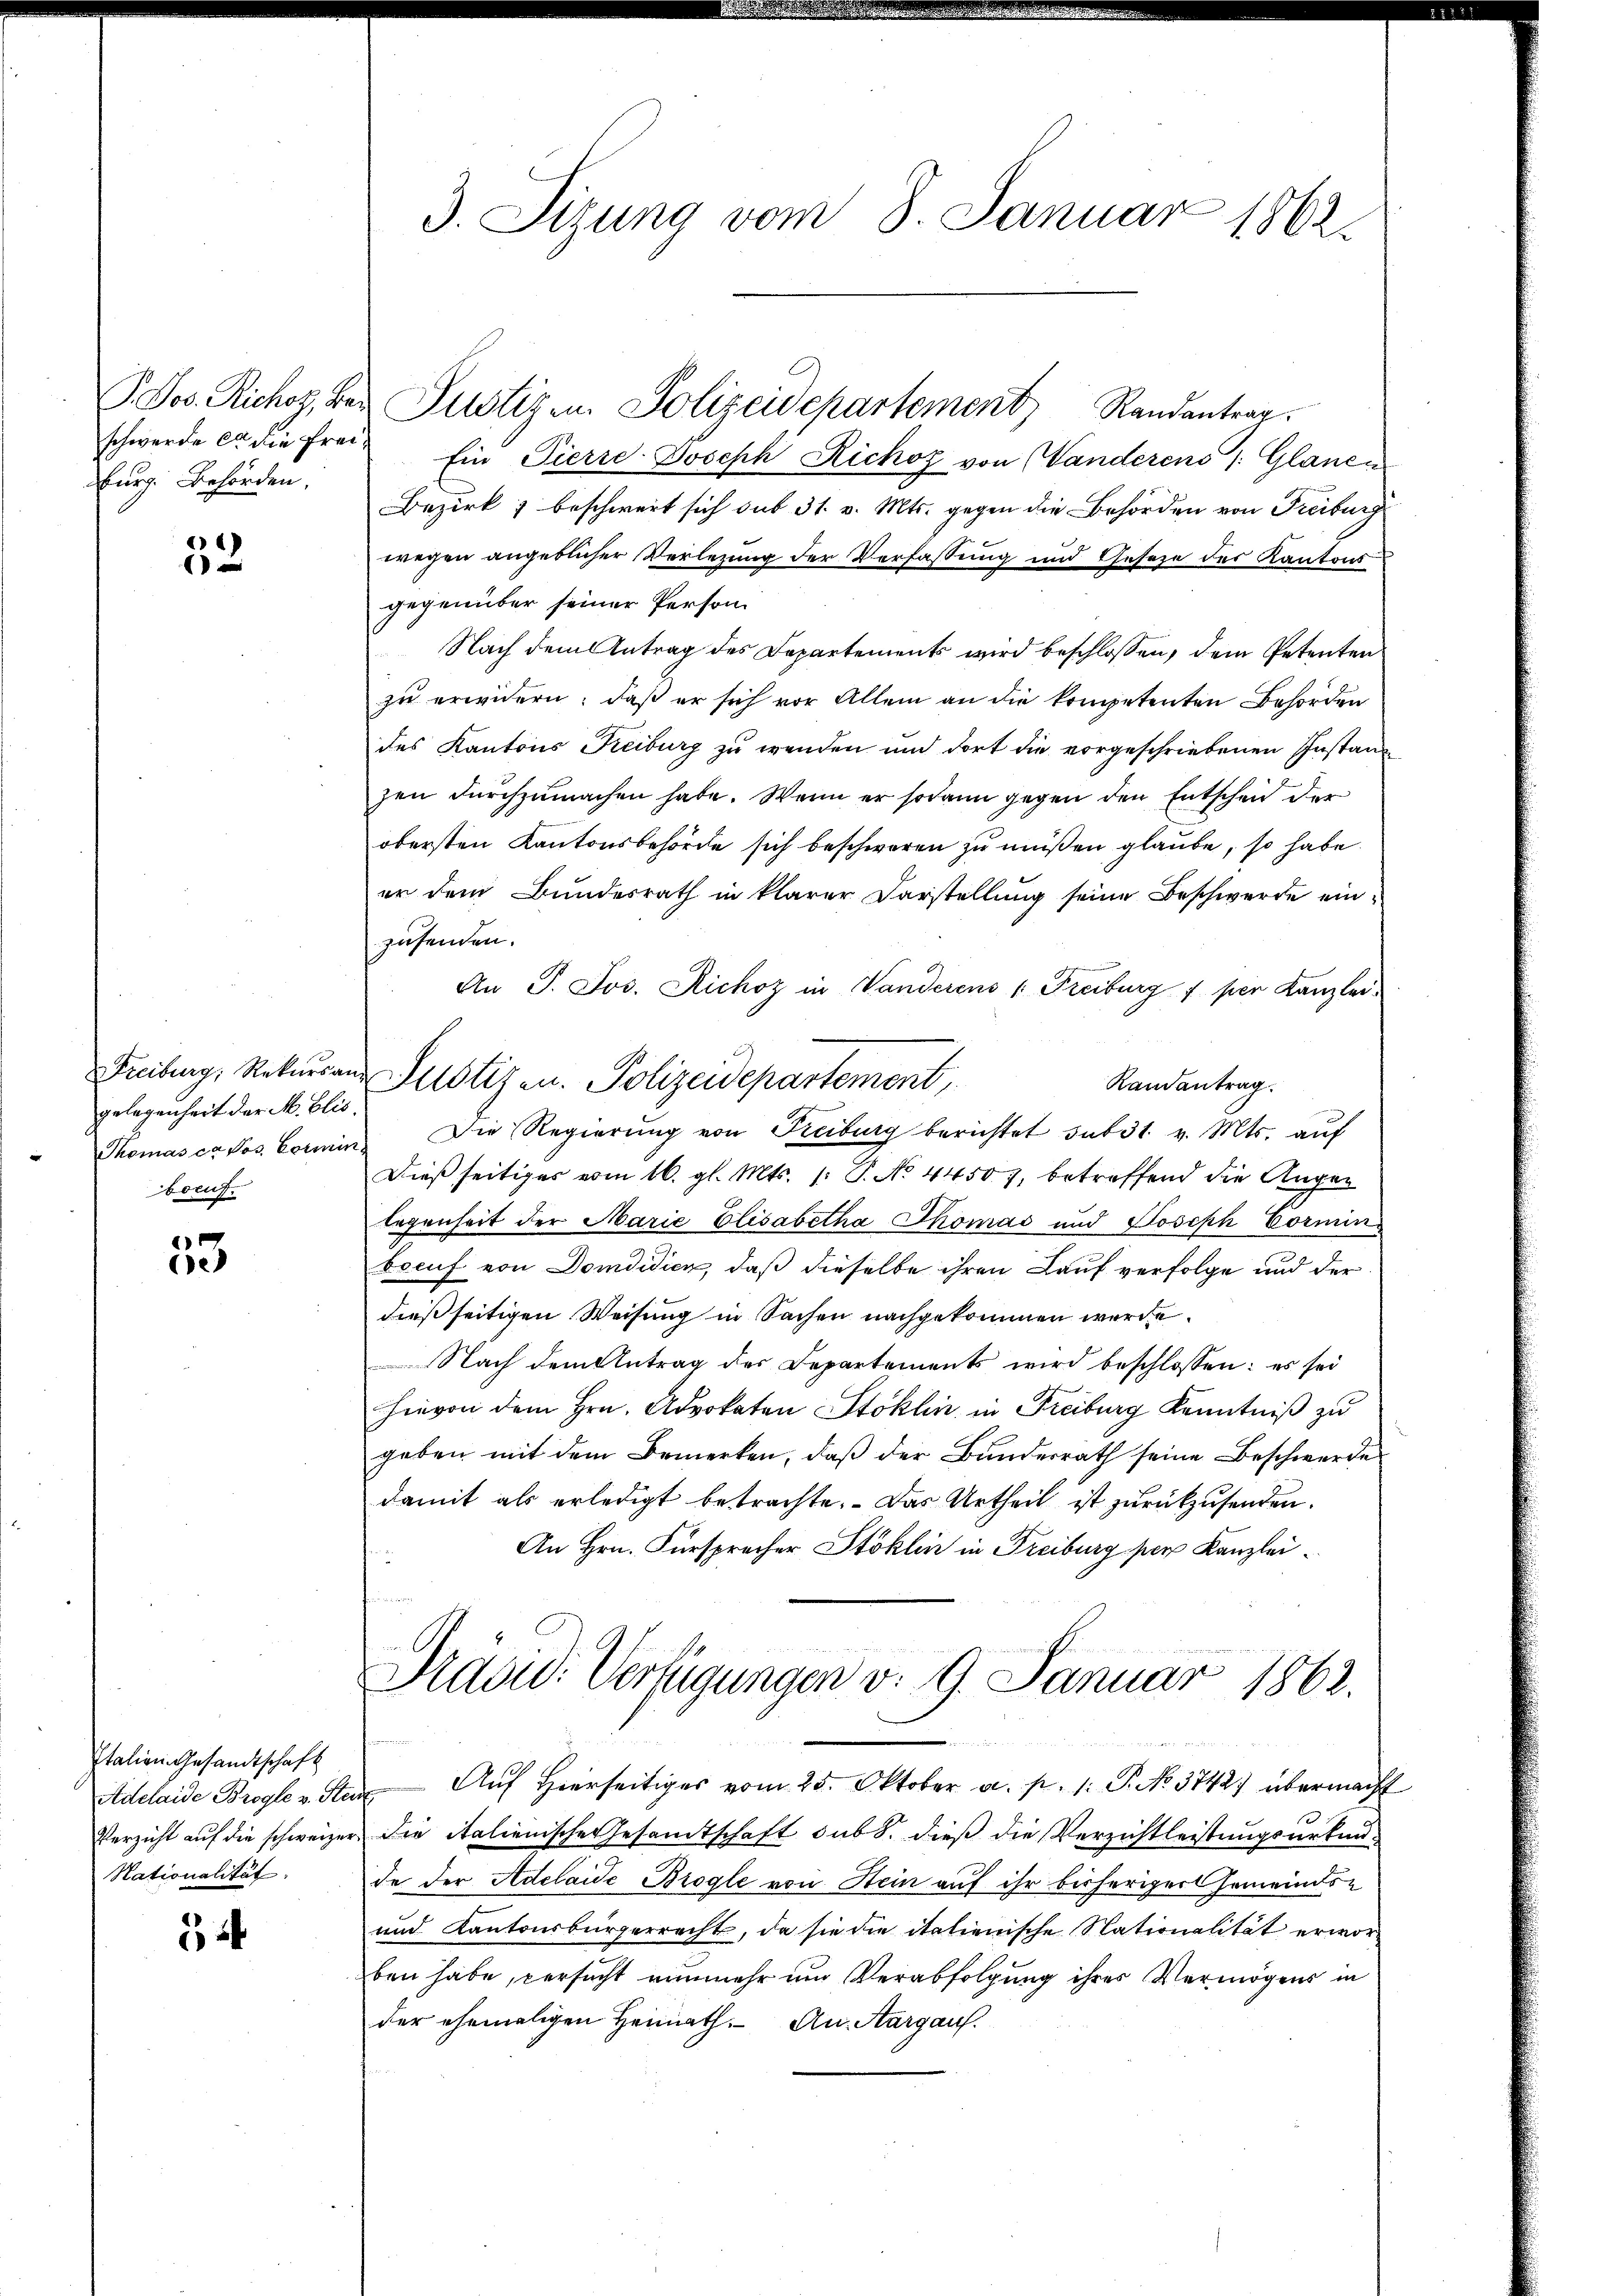
schwerde er die Freiburg. Behörden.

52

gelegenheit der M. Elis.
boeuf.

53

Italien Gesandtschaft
Adelaide Brogle v. Steu
Verzicht auf die schweizer
Nationalität

5

3. Sizung vom 8. Januar 1862.

Ein Pierre Joseph Richof von (Vanderens J. Glanen
Bezirk, beschwert sich sub 31. v. Mts. gegen die Behörden von Freiburg
egen angeblicher Verlegung der Verfassung und Gesetze der Kantons
gegenüber seiner Person
Nach dem Antrag des Departements wird beschlossen, dem Petenten
zu erwidern, daß er sich vor Allem an die kompetenten Behörden
des Kantons Reiburg zu wenden und dort die vorgeschriebenen Instanz
zen durchzumachen habe. Wenn er sodann gegen den Entscheid der
obersten Kantonsbehörde sich beschweren zu müßen glaube, so habe
er dem Bundesrath in klarer Darstellŭng seine Beschwerde ein-
zusenden.
An P. Jos. Richoz in Vanderens 1 Freiburg f per Kanzlei
Randantrag.
Thomas ca Jos. Vormin. Die Regierŭng von Freiburg berichtet sub 31. v. Mts. aŭf
Dießseitiges vom 16. gl. Mts. 1: P. No 44507, betreffend die Augen
legenheit der Marie Elisabetha Thomas und Joseph Cornin
breuf von Domdidica, daß dieselbe ihren Lauf verfolge und der
dießseitigen Weisung in Sachen nachgekommen werde.
Nach dem Antrag des Departements wird beschlossen: es sei
hievon dem Hrn. Advokaten Stoklin, in Freiburg Kenntniß zu
geben mit dem Bemerken, daβ der Bŭndesrath seine Beschwerde
damit als erledigt betrachte. Das Urtheil ist zurückzusenden.
An Hrn. Fürsprecher Stoklin in Freiburg per Kanzlei¬
Prasid. Verfügungen v. 9. Januar 1862.
 24
Auf Hierseitiges vom 25. Oktober a. p. 1. P. No. 3742) übermacht
die italienische Gesandtschaft sub 8. dieß die Verzichtleistungsurkunde der Adelaide Brogle von Stein auf ihr bisheriger Gemeinds¬
und Kantonsbürgerrecht, da sie die italienische Nationalität erworben habe, versucht nunmehr um Verabfolgung ihres Vermögens in
der ehemaligen Heimath. An Aargau.

P. Jos. Richoz, der Justizen Polizeidepartement Randantrag.

Freiburg, Rekŭranz Sustizen. Polizeidepartement,